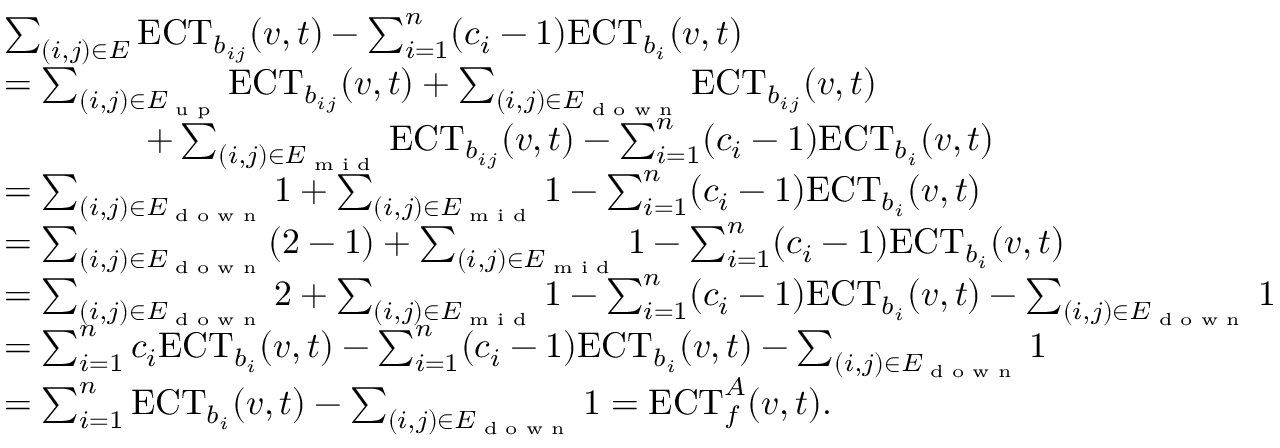
\begin{array} { r l } & { \sum _ { ( i , j ) \in E } \mathrm { E C T } _ { b _ { i j } } ( v , t ) - \sum _ { i = 1 } ^ { n } ( c _ { i } - 1 ) \mathrm { E C T } _ { b _ { i } } ( v , t ) } \\ & { = \sum _ { ( i , j ) \in E _ { \textrm { u p } } } \mathrm { E C T } _ { b _ { i j } } ( v , t ) + \sum _ { ( i , j ) \in E _ { \textrm { d o w n } } } \mathrm { E C T } _ { b _ { i j } } ( v , t ) } \\ & { \qquad \qquad + \sum _ { ( i , j ) \in E _ { \textrm { m i d } } } \mathrm { E C T } _ { b _ { i j } } ( v , t ) - \sum _ { i = 1 } ^ { n } ( c _ { i } - 1 ) \mathrm { E C T } _ { b _ { i } } ( v , t ) } \\ & { = \sum _ { ( i , j ) \in E _ { \textrm { d o w n } } } 1 + \sum _ { ( i , j ) \in E _ { \textrm { m i d } } } 1 - \sum _ { i = 1 } ^ { n } ( c _ { i } - 1 ) \mathrm { E C T } _ { b _ { i } } ( v , t ) } \\ & { = \sum _ { ( i , j ) \in E _ { \textrm { d o w n } } } ( 2 - 1 ) + \sum _ { ( i , j ) \in E _ { \textrm { m i d } } } 1 - \sum _ { i = 1 } ^ { n } ( c _ { i } - 1 ) \mathrm { E C T } _ { b _ { i } } ( v , t ) } \\ & { = \sum _ { ( i , j ) \in E _ { \textrm { d o w n } } } 2 + \sum _ { ( i , j ) \in E _ { \textrm { m i d } } } 1 - \sum _ { i = 1 } ^ { n } ( c _ { i } - 1 ) \mathrm { E C T } _ { b _ { i } } ( v , t ) - \sum _ { ( i , j ) \in E _ { \textrm { d o w n } } } 1 } \\ & { = \sum _ { i = 1 } ^ { n } c _ { i } \mathrm { E C T } _ { b _ { i } } ( v , t ) - \sum _ { i = 1 } ^ { n } ( c _ { i } - 1 ) \mathrm { E C T } _ { b _ { i } } ( v , t ) - \sum _ { ( i , j ) \in E _ { \textrm { d o w n } } } 1 } \\ & { = \sum _ { i = 1 } ^ { n } \mathrm { E C T } _ { b _ { i } } ( v , t ) - \sum _ { ( i , j ) \in E _ { \textrm { d o w n } } } 1 = \mathrm { E C T } _ { f } ^ { A } ( v , t ) . } \end{array}